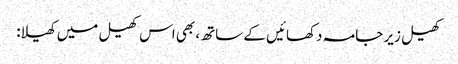
کھیل زیر جامہ دکھائیں کے ساتھ، بھی اس کھیل میں کھیلا: